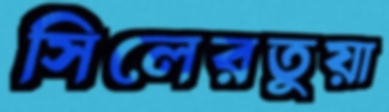
সিলেরতুয়া